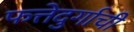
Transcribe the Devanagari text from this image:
फत्तेदुर्गाची